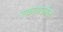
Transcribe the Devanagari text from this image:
स्कायफ़ॉल